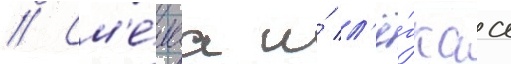
// См'е́лаа и́ л'ё́гкаа